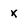
Character: x